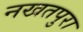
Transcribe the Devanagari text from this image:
नखतपुरा